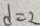
d = 2